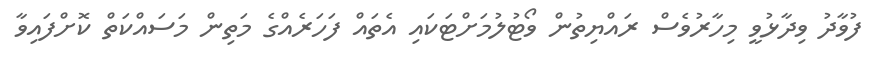
ފުވާދު ވިދާޅުވީ މިހާރުވެސް ރައްޔިތުން ވޯޓުލުމަށްޓަކައި އެތައް ފަހަރެއްގެ މަތިން މަސައްކަތް ކޮށްފައިވާ